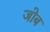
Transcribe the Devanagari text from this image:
जोब